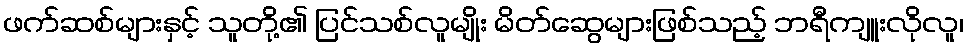
ဖက်ဆစ်များနှင့် သူတို့၏ ပြင်သစ်လူမျိုး မိတ်ဆွေများဖြစ်သည့် ဘရီကျူးလိုလူ၊